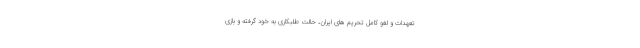
تعهدات و لغو کامل تحریم های ایران، حالت طلبکاری به خود گرفته و بازی